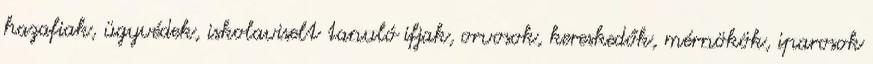
hazafiak, ügyvédek, iskolaviselt tanuló ifjak, orvosok, kereskedők, mérnökök, iparosok